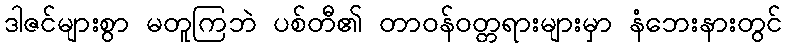
ဒါဇင်များစွာ မတူကြဘဲ ပစ်တီ၏ တာဝန်ဝတ္တရားများမှာ နံဘေးနားတွင်